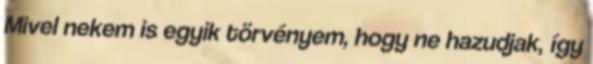
Mivel nekem is egyik törvényem, hogy ne hazudjak, így